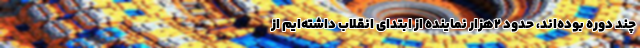
چند دوره بوده‌اند، حدود ۲هزار نماینده از ابتدای انقلاب داشته‌ایم از